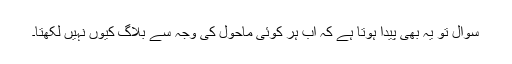
سوال تو یہ بھی پیدا ہوتا ہے کہ اب ہر کوئی ماحول کی وجہ سے بلاگ کیوں نہیں لکھتا۔